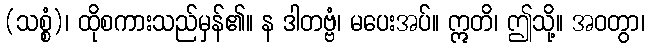
(သစ္စံ)၊ ထိုစကားသည်မှန်၏။ န ဒါတဗ္ဗံ၊ မပေးအပ်။ ဣတိ၊ ဤသို့။ အဝတွာ၊